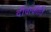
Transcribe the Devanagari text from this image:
दीवाकीर्ति